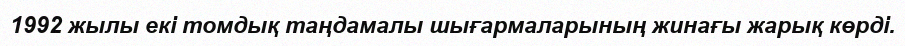
1992 жылы екі томдық таңдамалы шығармаларының жинағы жарық көрді.